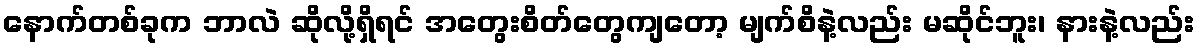
နောက်တစ်ခုက ဘာလဲ ဆိုလို့ရှိရင် အတွေးစိတ်တွေကျတော့ မျက်စိနဲ့လည်း မဆိုင်ဘူး၊ နားနဲ့လည်း